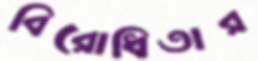
বিরোধিতার